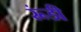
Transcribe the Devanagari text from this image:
रूंडी